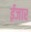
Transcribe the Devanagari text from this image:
ईजार